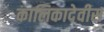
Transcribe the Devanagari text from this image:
कालिकादेवीस